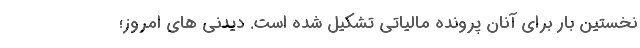
نخستین بار برای آنان پرونده مالیاتی تشکیل شده است. دیدنی های امروز؛